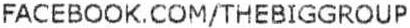
FACEBOOK.COM/THEBIGGROUP